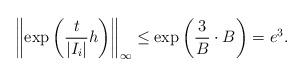
\begin{align*} \left\| \exp \left( \frac{t}{|I_i|} h \right) \right\|_{\infty} \leq \exp \left( \frac{3}{B} \cdot B \right) = e^3.\end{align*}